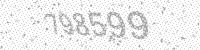
Solution: 798599